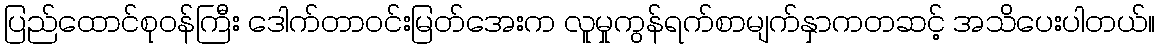
ပြည်ထောင်စုဝန်ကြီး ဒေါက်တာဝင်းမြတ်အေးက လူမှုကွန်ရက်စာမျက်နှာကတဆင့် အသိပေးပါတယ်။